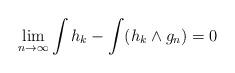
LaTeX: \begin{align*}\lim_{n\to \infty}\int h_k - \int (h_k\wedge g_n) = 0 \end{align*}